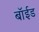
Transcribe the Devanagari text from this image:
बॉईड